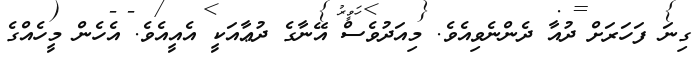
ގިނަ ފަހަރަށް ދުއާ ދެންނެވިއެވެ. މިއަދުވެސް އޭނާގެ ދުޢާއަކީ އެއީއެވެ. އެހެން މީހެއްގެ